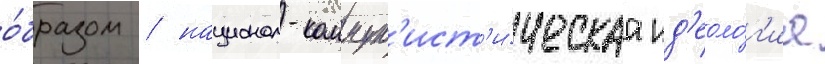
о́бразом / национал-коммун'ист'и́ческаа ид'еоло́г'иа